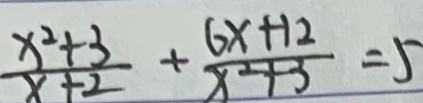
\frac { x ^ { 2 } + 3 } { x + 2 } + \frac { 6 x + 1 2 } { x ^ { 2 } + 3 } = 5